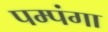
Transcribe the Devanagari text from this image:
पम्पंगा